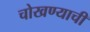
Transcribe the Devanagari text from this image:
चोखण्याची